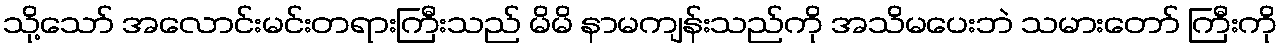
သို့သော် အလောင်းမင်းတရားကြီးသည် မိမိ နာမကျန်းသည်ကို အသိမပေးဘဲ သမားတော် ကြီးကို